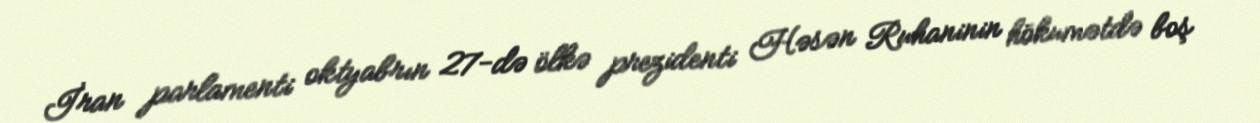
İran parlamenti oktyabrın 27-də ölkə prezidenti Həsən Ruhaninin hökumətdə boş